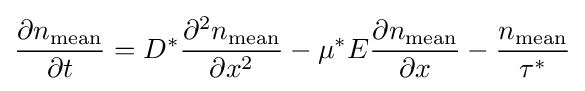
{\frac {\partial n_{\text{mean}}}{\partial t}}=D^{*}{\frac {\partial ^{2}n_{\text{mean}}}{\partial x^{2}}}-\mu ^{*}E{\frac {\partial n_{\text{mean}}}{\partial x}}-{\frac {n_{\text{mean}}}{\tau ^{*}}}